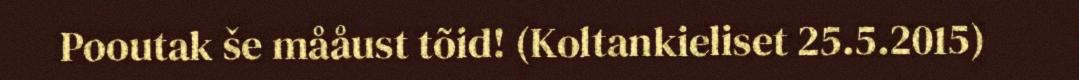
Pooutak še mååust tõid! (Koltankieliset 25.5.2015)